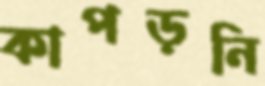
কাপড়নি